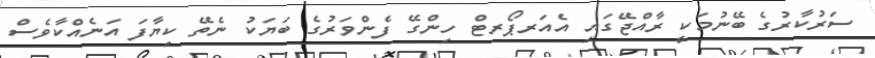
ސަރުކާރުގެ ބޭނުމަަކީ ރާއްޖޭގައި އެއަރޕޯރޓް ހިންގޭ ފެންވަރުގެ ބަޔަކު ނެތޭ ކިޔާފަ އަނެއްކާވެސް